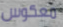
معكوس